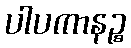
ပါပကာနဉ္စ